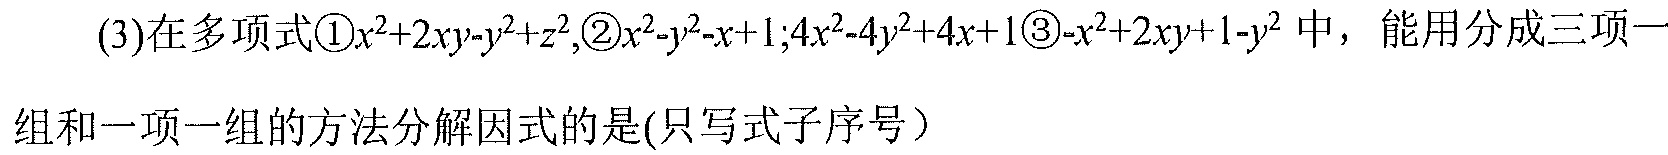
(3)在多项式\textcircled{1}$x^{2}+2xy - y^{2}+z^{2}$,\textcircled{2}$x^{2}-y^{2}-x + 1$;$4x^{2}-4y^{2}+4x + 1$\textcircled{3}$-x^{2}+2xy + 1 - y^{2}$中，能用分成三项一组和一项一组的方法分解因式的是(只写式子序号）